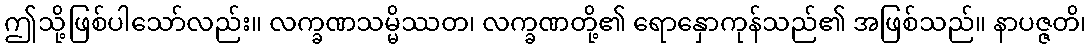
ဤသို့ဖြစ်ပါသော်လည်း။ လက္ခဏသမ္မိဿတ၊ လက္ခဏတို့၏ ရောနှောကုန်သည်၏ အဖြစ်သည်။ နာပဇ္ဇတိ၊